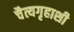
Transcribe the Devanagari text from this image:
चैत्यगृहाशी